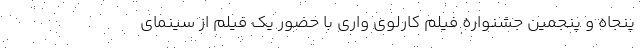
پنجاه و پنجمین جشنواره فیلم کارلوی واری با حضور یک فیلم از سینمای